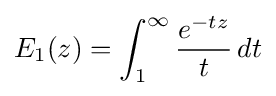
E_{1}(z)=\int _{1}^{\infty }{\frac {e^{-tz}}{t}}\,dt